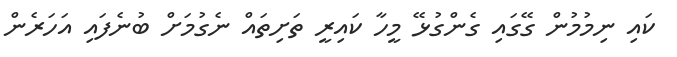
ކައި ނިމުމުން ގޭގައި ގެންގުޅޭ މީހާ ކައިރީ ތަށިތައް ނެގުމަށް ބުނެފައި އަހަރެން